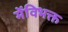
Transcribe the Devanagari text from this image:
मेंविभक्त